Indian journal of veterinary science and animal husbandry - Volumes 18-21, 1948-1951
Year: 1948
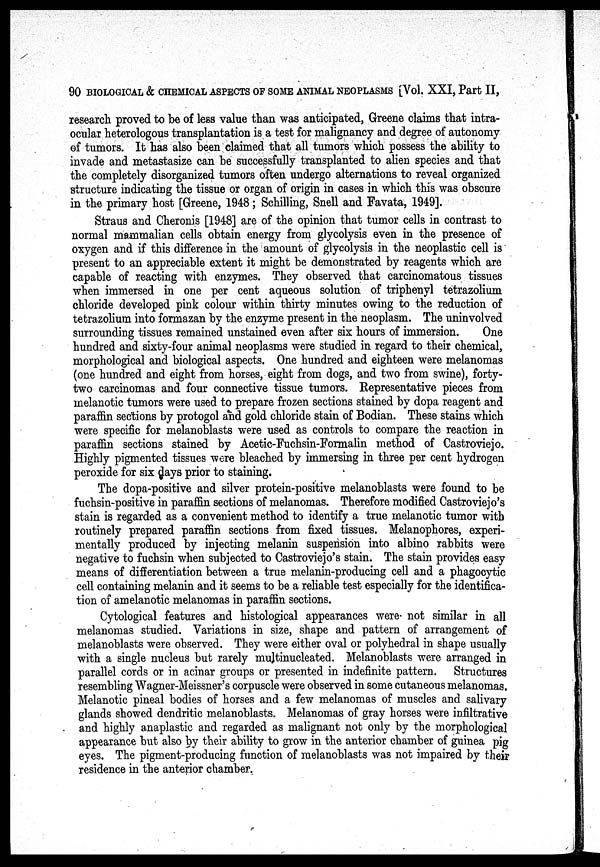
90 BIOLOGICAL & CHEMICAL ASPECTS OF SOME ANIMAL NEOPLASMS [Vol. XXI, Part II,
research proved to be of less value than was anticipated, Greene claims that intra-
ocular heterologous transplantation is a test for malignancy and degree of autonomy
of tumors. It has also been claimed that all tumors which possess the ability to
invade and metastasize can be successfully transplanted to alien species and that
the completely disorganized tumors often undergo alternations to reveal organized
structure indicating the tissue or organ of origin in cases in which this was obscure
in the primary host [Greene, 1948; Schilling, Snell and Favata, 1949].
Straus and Cheronis [1948] are of the opinion that tumor cells in contrast to
normal mammalian cells obtain energy from glycolysis even in the presence of
oxygen and if this difference in the amount of glycolysis in the neoplastic cell is
present to an appreciable extent it might be demonstrated by reagents which are
capable of reacting with enzymes. They observed that carcinomatous tissues
when immersed in one per cent aqueous solution of triphenyl tetrazolium
chloride developed pink colour within thirty minutes owing to the reduction of
tetrazolium into formazan by the enzyme present in the neoplasm. The uninvolved
surrounding tissues remained unstained even after six hours of immersion.
One
hundred and sixty-four animal neoplasms were studied in regard to their chemical,
morphological and biological aspects. One hundred and eighteen were melanomas
(one hundred and eight from horses, eight from dogs, and two from swine), forty-
two carcinomas and four connective tissue tumors. Representative pieces from
melanotic tumors were used to prepare frozen sections stained by dopa reagent and
paraffin sections by protogol and gold chloride stain of Bodian. These stains which
were specific for melanoblasts were used as controls to compare the reaction in
paraffin sections stained by Acetic-Fuchsin-Formalin method of Castroviejo.
Highly pigmented tissues were bleached by immersing in three per cent hydrogen
peroxide for six days prior to staining.
The dopa-positive and silver protein-positive melanoblasts were found to be
fuchsin-positive in paraffin sections of melanomas. Therefore modified Castroviejo's
stain is regarded as a convenient method to identify a true melanotic tumor with
routinely prepared paraffin sections from fixed tissues. Melanophores, experi-
mentally produced by injecting melanin suspension into albino rabbits were
negative to fuchsin when subjected to Castroviejo's stain. The stain provides easy
means of differentiation between a true melanin-producing cell and a phagocytic
cell containing melanin and it seems to be a reliable test especially for the identifica-
tion of amelanotic melanomas in paraffin sections.
Cytological features and histological appearances were not similar in all
melanomas studied. Variations in size, shape and pattern of arrangement of
melanoblasts were observed. They were either oval or polyhedral in shape usually
with a single nucleus but rarely multinucleated. Melanoblasts were arranged in
parallel cords or in acinar groups or presented in indefinite pattern. Structures
resembling Wagner-Meissner's corpuscle were observed in some cutaneous melanomas.
Melanotic pineal bodies of horses and a few melanomas of muscles and salivary
glands showed dendritic melanoblasts. Melanomas of gray horses were infiltrative
and highly anaplastic and regarded as malignant not only by the morphological
appearance but also by their ability to grow in the anterior chamber of guinea pig
eyes. The pigment-producing function of melanoblasts was not impaired by their
residence in the anterior chamber.